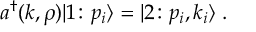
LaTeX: a ^ { \dagger } ( k , \rho ) \vert 1 \colon p _ { i } \rangle = \vert 2 \colon p _ { i } , k _ { i } \rangle \; .